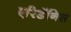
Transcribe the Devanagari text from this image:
एरिडॅनिस